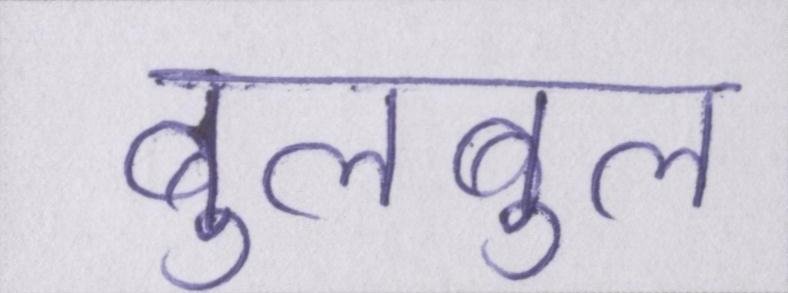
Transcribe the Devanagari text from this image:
बुलबुल